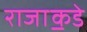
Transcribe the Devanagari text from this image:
राजा॒कडे